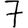
Digit: 7